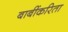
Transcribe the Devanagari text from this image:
बाबींकरिता